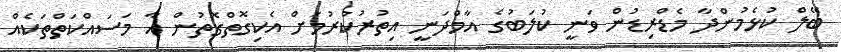
ބޭލް ކުޅެމުންދާ މެޑްރިޑުން ވަނީ ކުލަބުގެ އާމްދަނީ އިތުރުކުރުމަށް އެކިގޮތްގޮތުން އާ މަސައްކަތްތަކެއް